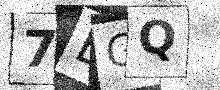
Text: 7EGQ